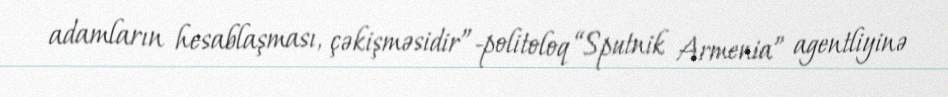
adamların hesablaşması, çəkişməsidir”-politoloq “Sputnik Armenia” agentliyinə